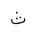
Letter: _tha